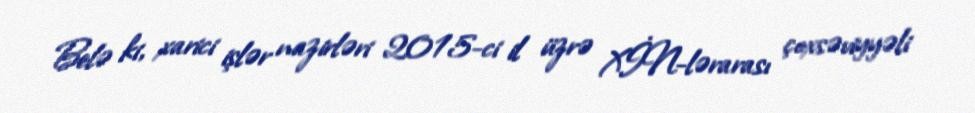
Belə ki, xarici işlər nazirləri 2015-ci il üzrə XİN-lərarası çoxsəviyyəli